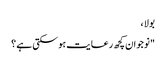
بولا ،
"نوجوان کچھ رعایت ہو سکتی ہے ؟